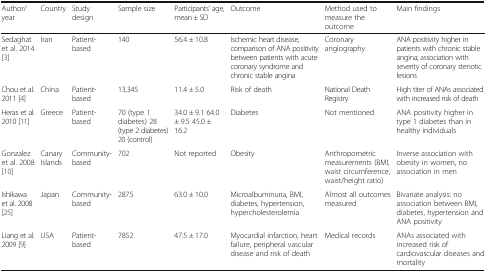
| Author/year | Country | Study design | Sample size | Participants’ age, mean ± SD | Outcome | Method used to measure the outcome | Main findings |
 | --- | --- | --- | --- | --- | --- | --- | --- |
 | Sedaghat et al. 2014 [3] | Iran | Patient-based | 140 | 56.4 ± 10.8 | Ischemic heart disease, comparison of ANA positivity between patients with acute coronary syndrome and chronic stable angina | Coronary angiography | ANA positivity higher in patients with chronic stable angina; association with severity of coronary stenotic lesions |
 | Chou et al. 2011 [4] | China | Patient-based | 13,345 | 11.4 ± 5.0 | Risk of death | National Death Registry | High titer of ANAs associated with increased risk of death |
 | Heras et al. 2010 [11] | Greece | Patient-based | 70 (type 1 diabetes) 28 (type 2 diabetes) 20 (control) | 34.0 ± 9.1 64.0 ± 9.5 45.0 ± 16.2 | Diabetes | Not mentioned | ANA positivity higher in type 1 diabetes than in healthy individuals |
 | Gonzalez et al. 2008 [10] | Canary Islands | Community-based | 702 | Not reported | Obesity | Anthropometric measurements (BMI, waist circumference, waist/height ratio) | Inverse association with obesity in women, no association in men |
 | Ishikawa et al. 2008 [25] | Japan | Community-based | 2875 | 63.0 ± 10.0 | Microalbuminuria, BMI, diabetes, hypertension, hypercholesterolemia | Almost all outcomes measured | Bivariate analysis: no association between BMI, diabetes, hypertension and ANA positivity |
 | Liang et al. 2009 [9] | USA | Patient-based | 7852 | 47.5 ± 17.0 | Myocardial infarction, heart failure, peripheral vascular disease and risk of death | Medical records | ANAs associated with increased risk of cardiovascular diseases and mortality |